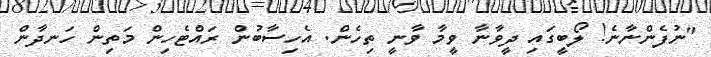
"ނުފެންނާނެ! ލޯބީގައި ދީވާނާ ވީމާ ވާނީ ތިހެން. އެހިސާބުން ރައްޓެހިން މަތިން ހަނދާން